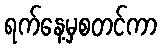
ရက်နေ့မှစတင်ကာ